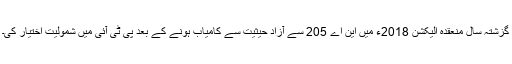
گزشتہ سال منعقدہ الیکشن 2018ء میں این اے 205 سے آزاد حیثیت سے کامیاب ہونے کے بعد پی ٹی آئی میں شمولیت اختیار کی۔